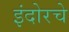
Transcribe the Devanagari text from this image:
इंदोरचे